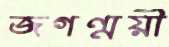
জগন্ময়ী